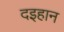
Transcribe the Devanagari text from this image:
दइहान